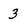
Character: 3